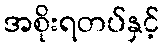
အစိုးရတပ်နှင့်